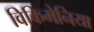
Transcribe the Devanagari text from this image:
विकिमेनिया